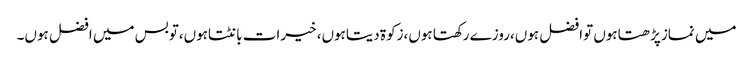
میں نمازپڑھتاہوں توافضل ہوں،روزے رکھتا ہوں،زکوۃ دیتاہوں، خیرات بانٹتاہوں،توبس میں افضل ہوں۔